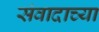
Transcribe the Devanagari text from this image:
संवादाच्या